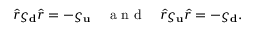
\hat { r } \varsigma _ { \bf d } \hat { r } = - \varsigma _ { \bf u } \quad \mathrm { ~ a ~ n ~ d ~ } \quad \hat { r } \varsigma _ { \bf u } \hat { r } = - \varsigma _ { \bf d } .